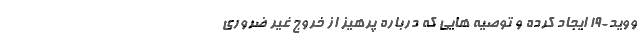
ووید-19 ایجاد کرده و توصیه هایی که درباره پرهیز از خروج غیر ضروری